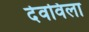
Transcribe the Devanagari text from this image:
देवविला